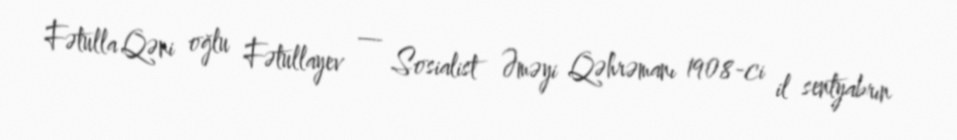
Fətulla Qəni oğlu Fətullayev — Sosialist Əməyi Qəhrəmanı 1908-ci il sentyabrın